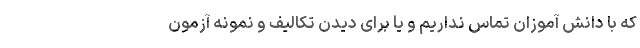
که با دانش آموزان تماس نداریم و یا برای دیدن تکالیف و نمونه آزمون